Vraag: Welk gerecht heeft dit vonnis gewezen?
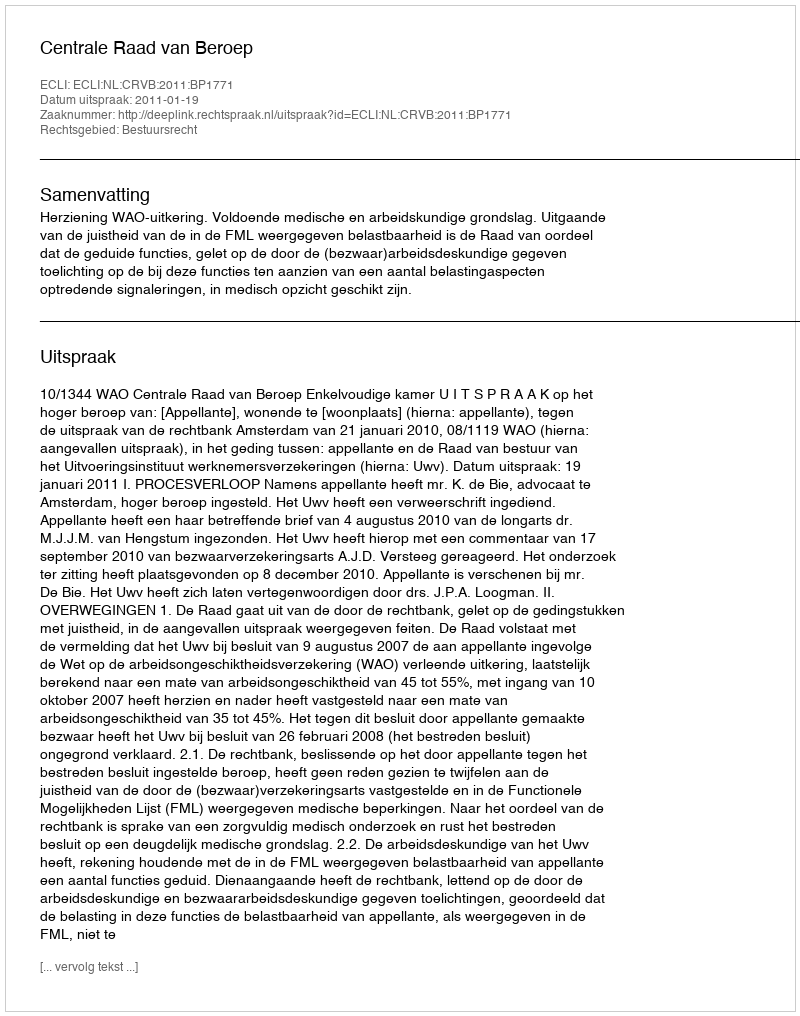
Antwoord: Centrale Raad van Beroep